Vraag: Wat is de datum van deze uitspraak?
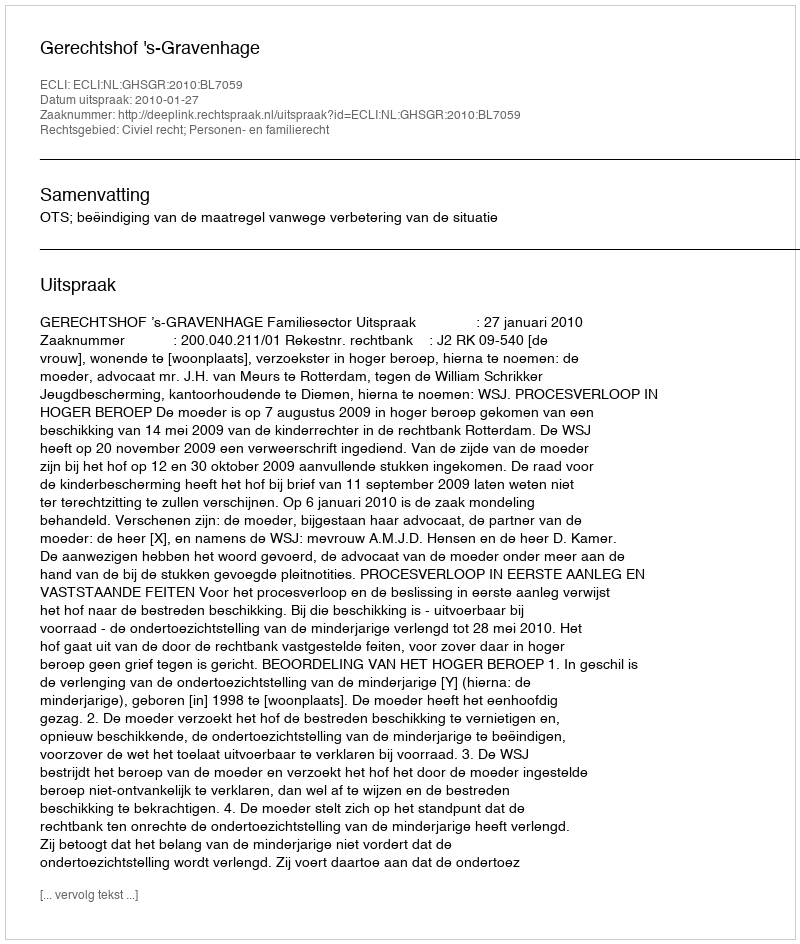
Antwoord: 2010-01-27